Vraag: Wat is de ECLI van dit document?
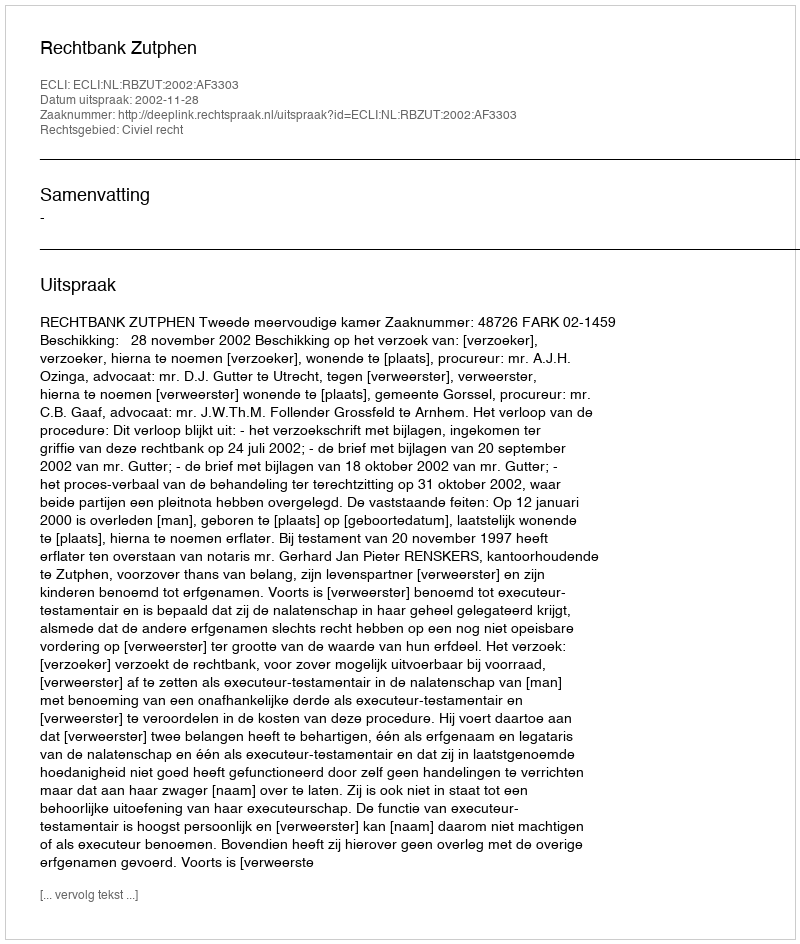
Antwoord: ECLI:NL:RBZUT:2002:AF3303